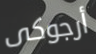
أرجوكى